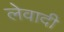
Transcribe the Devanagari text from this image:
लेवादी